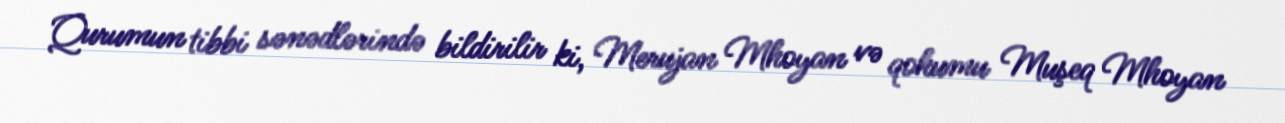
Qurumun tibbi sənədlərində bildirilir ki, Merujan Mhoyan və qohumu Muşeq Mhoyan